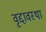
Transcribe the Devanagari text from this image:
वृद्दावस्था